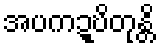
အပကဍ္ဎိတုန္တိ